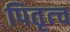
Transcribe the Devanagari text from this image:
पितृत्च